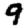
Digit: 9